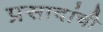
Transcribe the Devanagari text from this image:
प्रसादांची